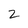
Character: 2